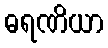
ဓရဏိယာ